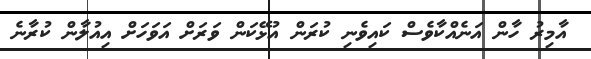
އާމިރު ހާން އަނެއްކާވެސް ކައިވެނި ކުރަަން އުޅޭކަން ވަރަށް އަވަހަށް އިއުލާން ކުރާނެ